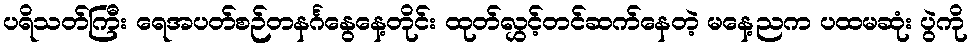
ပရိသတ်ကြီး ရေအပတ်စဉ်တနင်္ဂနွေနေ့တိုင်း ထုတ်လွှင့်တင်ဆက်နေတဲ့ မနေ့ညက ပထမဆုံး ပွဲကို